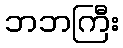
ဘဘကြီး